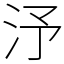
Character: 汿